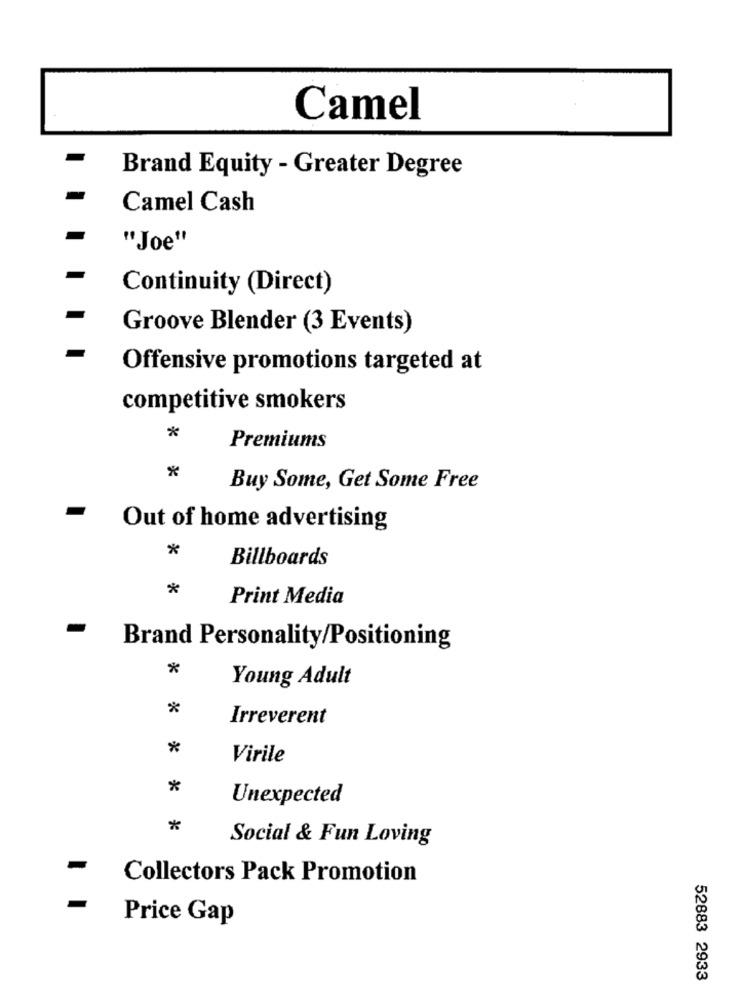
Camel
Brand Equity - Greater Degree
Camel Cash
"Joe"
Continuity (Direct)
Groove Blender (3 Events)
Offensive promotions targeted at
competitive smokers
*
Premiums
*
Buy Some, Get Some Free
Out of home advertising
*
Billboards
*
Print Media
Brand Personality/Positioning
*
Young Adult
*
Irreverent
*
Virile
*
Unexpected
*
Social & Fun Loving
Collectors Pack Promotion
Price Gap
52883 2933